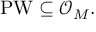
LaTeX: \operatorname { P W } \subseteq { \mathcal { O } } _ { M } .